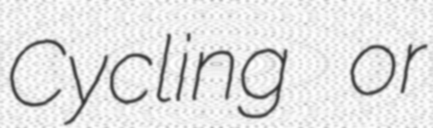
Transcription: Cycling or